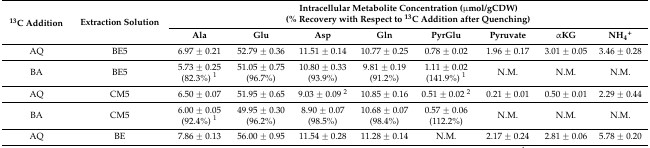
<table><thead><tr><td rowspan="2"><b><sup>13</sup>C Addition</b></td><td rowspan="2"><b>Extraction Solution</b></td><td colspan="8"><b>Intracellular Metabolite Concentration (μmol/gCDW)(% Recovery with Respect to <sup>13</sup>C Addition after Quenching)</b></td></tr><tr><td><b>Ala</b></td><td><b>Glu</b></td><td><b>Asp</b></td><td><b>Gln</b></td><td><b>PyrGlu</b></td><td><b>Pyruvate</b></td><td><b>αKG</b></td><td><b>NH<sub>4</sub><sup>+</sup></b></td></tr></thead><tbody><tr><td>AQ</td><td>BE5</td><td>6.97 ± 0.21</td><td>52.79 ± 0.36</td><td>11.51 ± 0.14</td><td>10.77 ± 0.25</td><td>0.78 ± 0.02</td><td>1.96 ± 0.17</td><td>3.01 ± 0.05</td><td>3.46 ± 0.28</td></tr><tr><td>BA</td><td>BE5</td><td>5.73 ± 0.25(82.3%) <sup>1</sup></td><td>51.05 ± 0.75(96.7%)</td><td>10.80 ± 0.33(93.9%)</td><td>9.81 ± 0.19(91.2%)</td><td>1.11 ± 0.02(141.9%) <sup>1</sup></td><td>N.M.</td><td>N.M.</td><td>N.M.</td></tr><tr><td>AQ</td><td>CM5</td><td>6.50 ± 0.07</td><td>51.95 ± 0.65</td><td>9.03 ± 0.09 <sup>2</sup></td><td>10.85 ± 0.16</td><td>0.51 ± 0.02 <sup>2</sup></td><td>0.21 ± 0.01</td><td>0.50 ± 0.01</td><td>2.29 ± 0.44</td></tr><tr><td>BA</td><td>CM5</td><td>6.00 ± 0.05(92.4%) <sup>1</sup></td><td>49.95 ± 0.30(96.2%)</td><td>8.90 ± 0.07(98.5%)</td><td>10.68 ± 0.07(98.4%)</td><td>0.57 ± 0.06(112.2%)</td><td>N.M.</td><td>N.M.</td><td>N.M.</td></tr><tr><td>AQ</td><td>BE</td><td>7.86 ± 0.13</td><td>56.00 ± 0.95</td><td>11.54 ± 0.28</td><td>11.28 ± 0.14</td><td>N.M.</td><td>2.17 ± 0.24</td><td>2.81 ± 0.06</td><td>5.78 ± 0.20</td></tr></tbody></table>